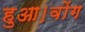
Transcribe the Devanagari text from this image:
हुआ।वोंग